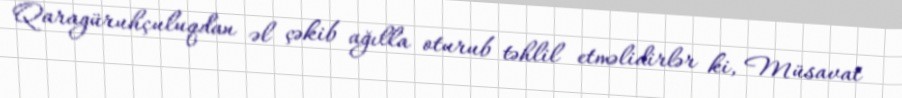
Qaragüruhçuluqdan əl çəkib ağılla oturub təhlil etməlidirlər ki, Müsavat